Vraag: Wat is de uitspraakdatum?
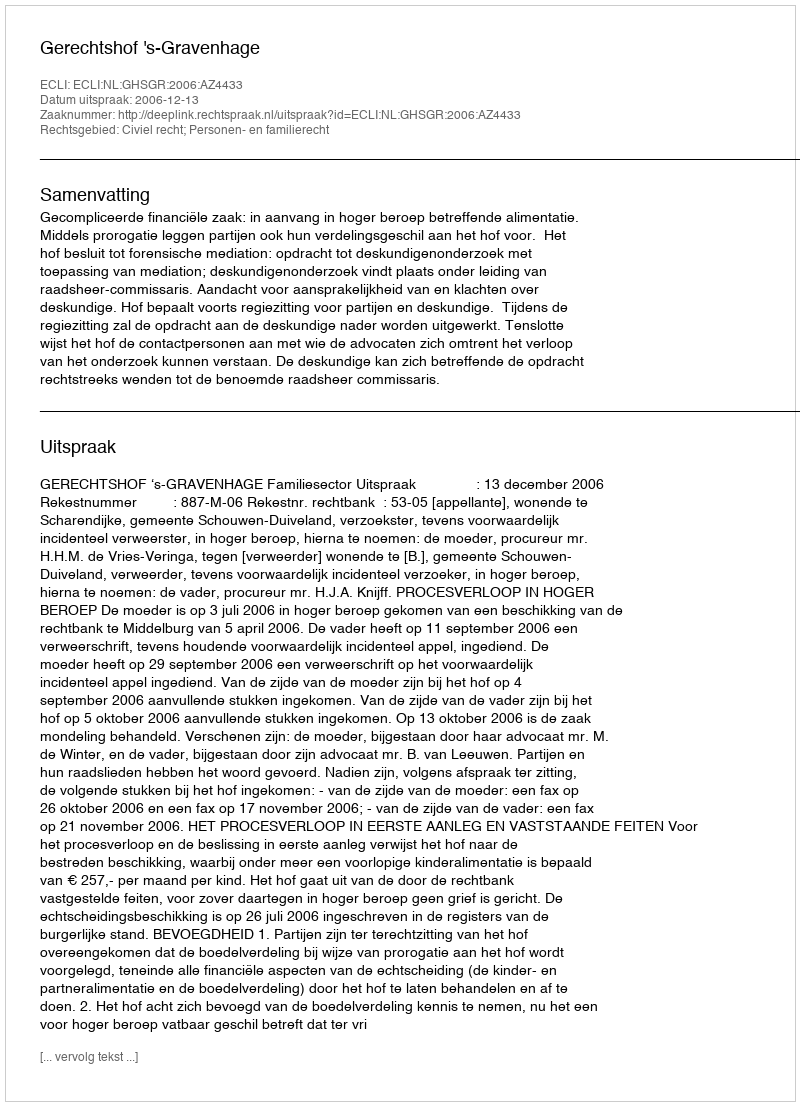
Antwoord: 2006-12-13